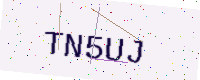
Text: TN5UJ